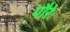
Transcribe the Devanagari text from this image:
गौरेः